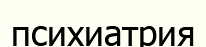
психиатрия